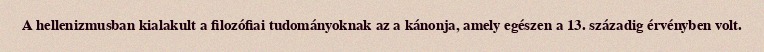
A hellenizmusban kialakult a filozófiai tudományoknak az a kánonja, amely egészen a 13. századig érvényben volt.